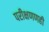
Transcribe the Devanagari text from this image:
परीक्षणणही